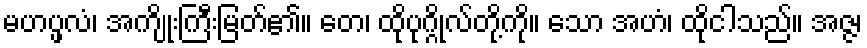
မဟပ္ဖလံ၊ အကျိုးကြီးမြတ်၏။ တေ၊ ထိုပုဂ္ဂိုလ်တို့ကို။ သော အဟံ၊ ထိုငါသည်။ အဇ္ဇ၊